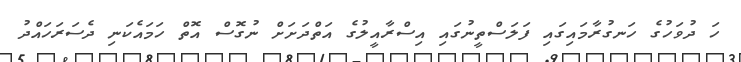
ހަ ދުވަހުގެ ހަނގުރާމައިގައި ފަލަސްތީނުގައި އިސްރާއީލުގެ އަތްދަށަށް ނުގޮސް އޮތް ހަމައެކަނި ދެސަރަހައްދު